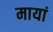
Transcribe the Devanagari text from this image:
मायां